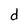
Character: d